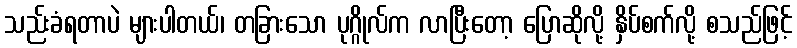
သည်းခံရတာပဲ များပါတယ်၊ တခြားသော ပုဂ္ဂိုလ်က လာပြီးတော့ ပြောဆိုလို့ နှိပ်စက်လို့ စသည်ဖြင့်